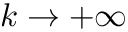
k \rightarrow + \infty